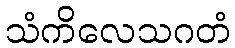
သံကိလေသဂတံ